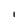
Character: I